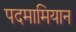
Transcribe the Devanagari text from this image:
पदमामियान